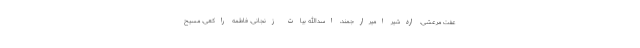
عفت مرعشی، اردشیر امیرارجمند، اسدالله بیات زنجانی، فاطمه راکعی، مسیح